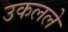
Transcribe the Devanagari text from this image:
उकलले